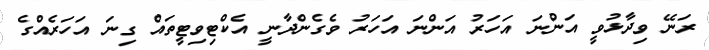
ރަނޭ ވިދާޅުވީ އަންނަ އަހަރު އަންނަ އަހަރު ވެގެންދާނީ އެކްޓިވިޓީތައް ގިނަ އަހަރެއްގެ